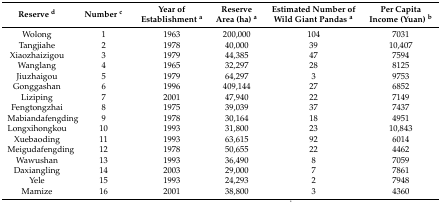
| Reserve d | Number c | Year of Establishment a | Reserve Area (ha) a | Estimated Number of Wild Giant Pandas a | Per Capita Income (Yuan) b |
 | --- | --- | --- | --- | --- | --- |
 | Wolong | 1 | 1963 | 200,000 | 104 | 7031 |
 | Tangjiahe | 2 | 1978 | 40,000 | 39 | 10,407 |
 | Xiaozhaizigou | 3 | 1979 | 44,385 | 47 | 7594 |
 | Wanglang | 4 | 1965 | 32,297 | 28 | 8125 |
 | Jiuzhaigou | 5 | 1979 | 64,297 | 3 | 9753 |
 | Gonggashan | 6 | 1996 | 409,144 | 27 | 6852 |
 | Liziping | 7 | 2001 | 47,940 | 22 | 7149 |
 | Fengtongzhai | 8 | 1975 | 39,039 | 37 | 7437 |
 | Mabiandafengding | 9 | 1978 | 30,164 | 18 | 4951 |
 | Longxihongkou | 10 | 1993 | 31,800 | 23 | 10,843 |
 | Xuebaoding | 11 | 1993 | 63,615 | 92 | 6014 |
 | Meigudafengding | 12 | 1978 | 50,655 | 22 | 4462 |
 | Wawushan | 13 | 1993 | 36,490 | 8 | 7059 |
 | Daxiangling | 14 | 2003 | 29,000 | 7 | 7861 |
 | Yele | 15 | 1993 | 24,293 | 2 | 7948 |
 | Mamize | 16 | 2001 | 38,800 | 3 | 4360 |